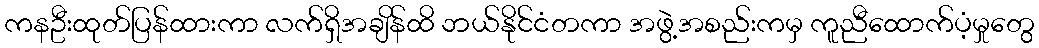
ကနဦးထုတ်ပြန်ထားကာ လက်ရှိအချိန်ထိ ဘယ်နိုင်ငံတကာ အဖွဲ့အစည်းကမှ ကူညီထောက်ပံ့မှုတွေ